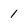
Character: 1